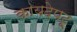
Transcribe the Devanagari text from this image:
कायदेपटू